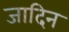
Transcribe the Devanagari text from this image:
जादिन